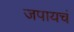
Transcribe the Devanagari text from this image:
जपायचं